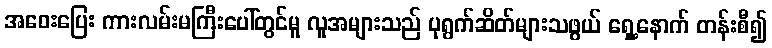
အဝေးပြေး ကားလမ်းမကြီးပေါ်တွင်မူ လူအများသည် ပုရွက်ဆိတ်များသဖွယ် ရှေ့နောက် တန်းစီ၍